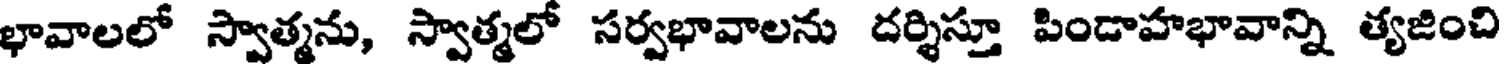
భావాలలో స్వాత్మను, స్వాత్మలో సర్వభావాలను దర్శిస్తూ పిండాహభావాన్ని త్యజించి